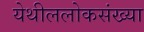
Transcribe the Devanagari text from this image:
येथीललोकसंख्या